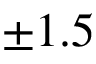
\pm 1 . 5